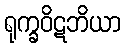
ရုက္ခဝိဋဘိယာ